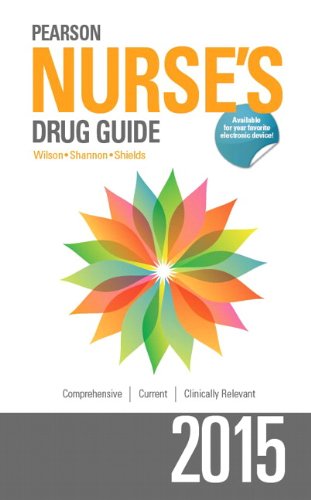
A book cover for Pearson Nurse's Drug Guide 2015; Billie A. Wilson; Medical Books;